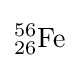
{}_{26}^{56}{\textrm {Fe}}